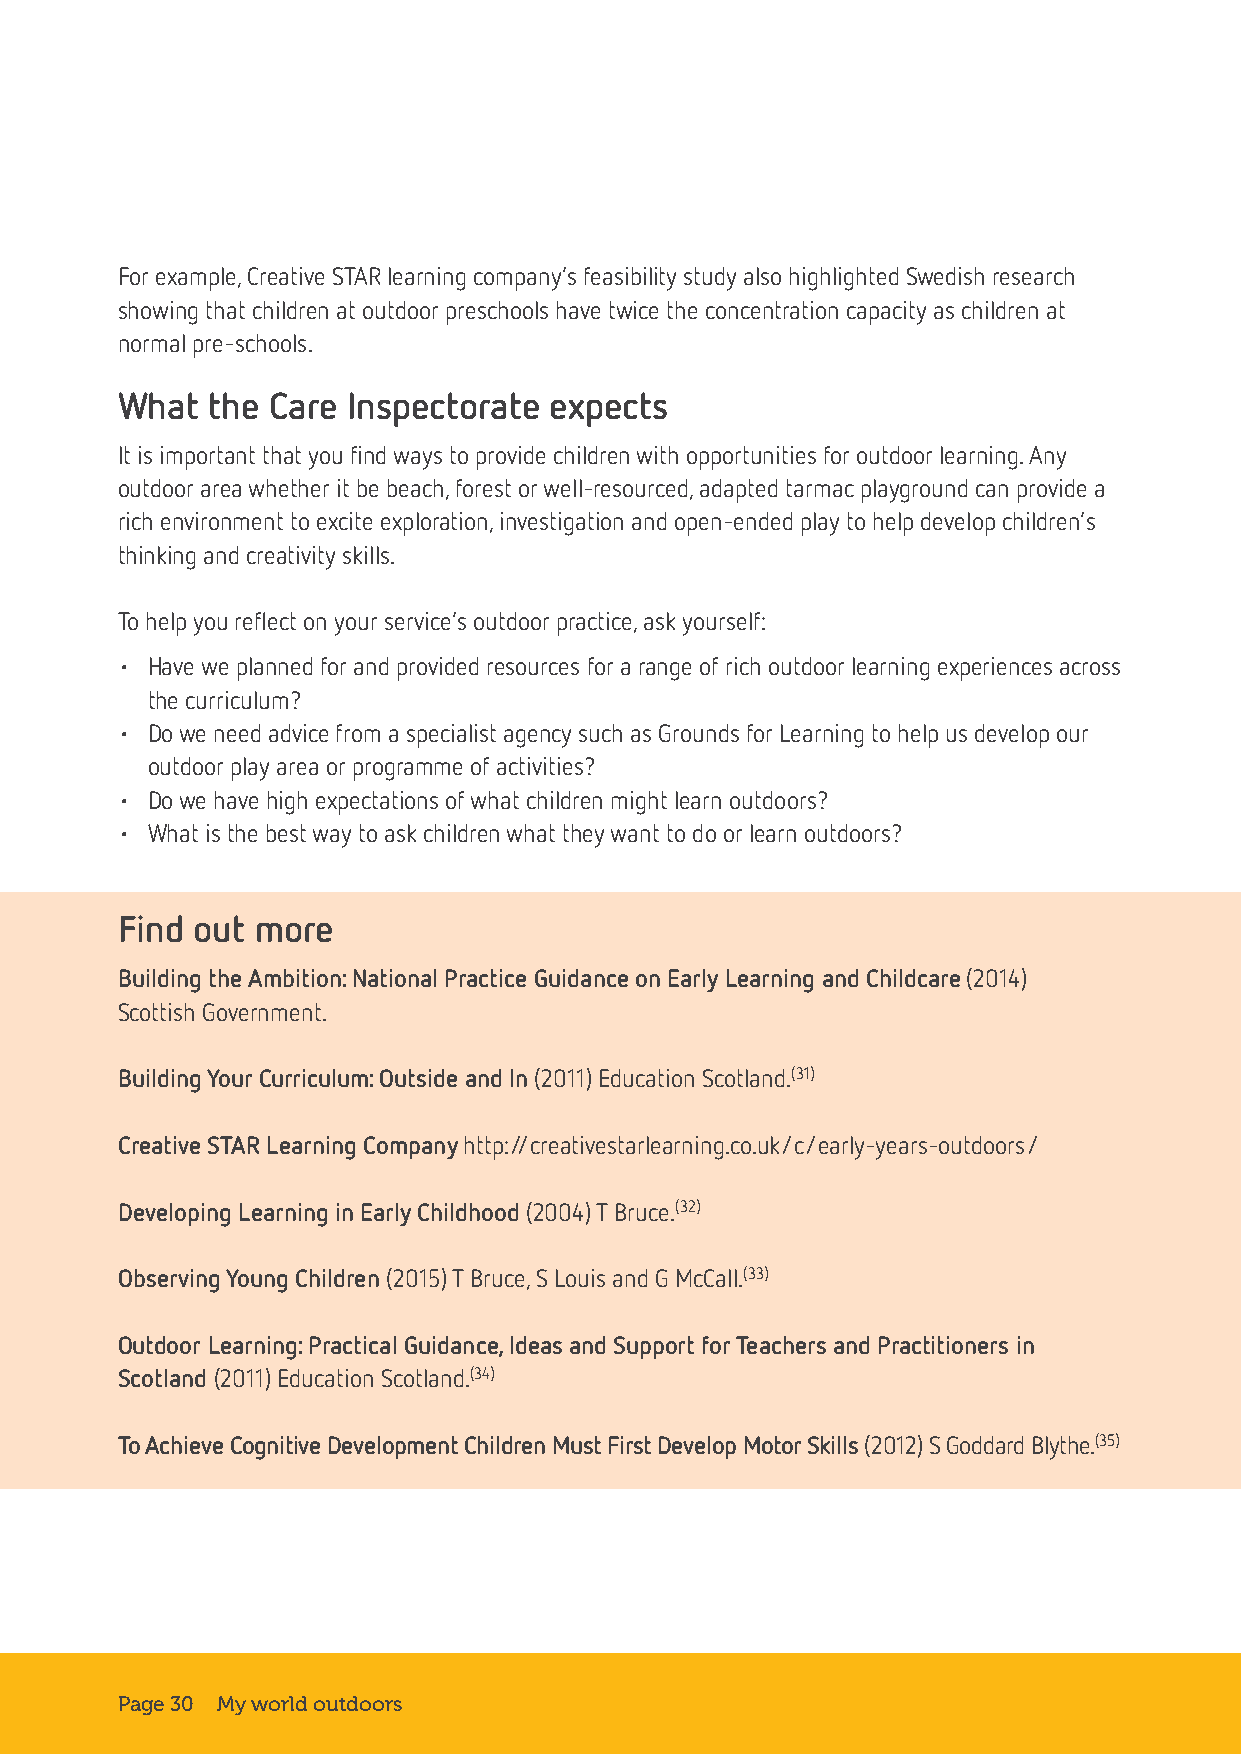
For example, Creative STAR learning company’s feasibility study also highlighted Swedish research
 showing that children at outdoor preschools have twice the concentration capacity as children at
 normal pre-schools.
 What  the Care Inspectorate expects
 It is important that you find ways to provide children with opportunities for outdoor learning. Any
 outdoor area whether it be beach, forest or well-resourced, adapted tarmac playground can provide a
 rich environment to excite exploration, investigation and open-ended play to help develop children’s
 thinking and creativity skills.
 To help you reflect on your service’s outdoor practice, ask yourself:
 • Have we planned for and provided resources for a range of rich outdoor learning experiences across
 the curriculum?
 • Do we need advice from a specialist agency such as Grounds for Learning to help us develop our
 outdoor play area or programme of activities?
 • Do we have high expectations of what children might learn outdoors?
 • What is the best way to ask children what they want to do or learn outdoors?
 Find out more
 Building the Ambition: National Practice Guidance on Early Learning and Childcare (2014)
 Scottish Government.
 Building Your Curriculum: Outside and In (2011) Education Scotland.(31)
 Creative STAR Learning Company http://creativestarlearning.co.uk/c/early-years-outdoors/
 Developing Learning in Early Childhood (2004) T Bruce.(32)
 Observing Young Children (2015) T Bruce, S Louis and G McCall.(33)
 Outdoor Learning: Practical Guidance, Ideas and Support for Teachers and Practitioners in
 Scotland (2011) Education Scotland.(34)
 To Achieve Cognitive Development Children Must First Develop Motor Skills (2012) S Goddard Blythe.(35)
 Page 30 My world outdoors